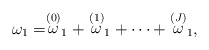
\begin{align*}\omega _{1}=\stackrel{\left( 0\right) }{\omega }_{1}+\stackrel{\left(1\right) }{\omega }_{1}+\cdots +\stackrel{\left( J\right) }{\omega }_{1},\end{align*}